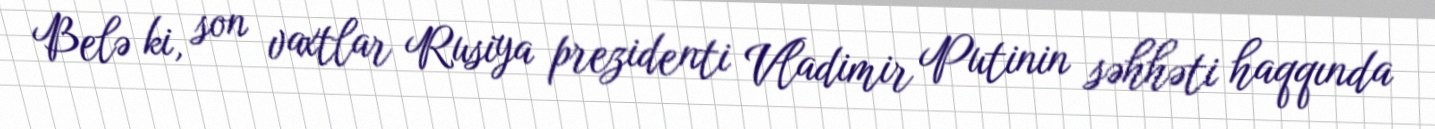
Belə ki, son vaxtlar Rusiya prezidenti Vladimir Putinin səhhəti haqqında